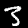
Digit: 3